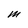
Character: M